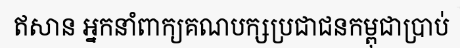
ឥសាន អ្នកនាំពាក្យគណបក្សប្រជាជនកម្ពុជាប្រាប់